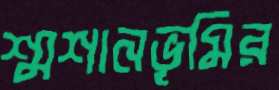
শ্মশানভূমির